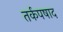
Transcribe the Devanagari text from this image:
तर्कपषाद